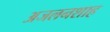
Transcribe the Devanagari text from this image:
अजलनशाह